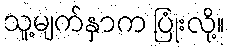
သူ့မျက်နှာက ပြုံးလို့။